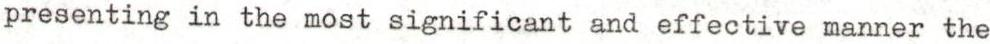
presenting in the most significant and effective manner the